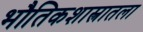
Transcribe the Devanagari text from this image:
भौतिकशास्त्रातला